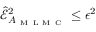
\widehat { \mathcal { E } } _ { A _ { \mathrm { ~ M ~ L ~ M ~ C ~ } } } ^ { 2 } \le \epsilon ^ { 2 }